Memorandum on the prevention of leprosy by segregation of the affected
Disease focus: Leprosy
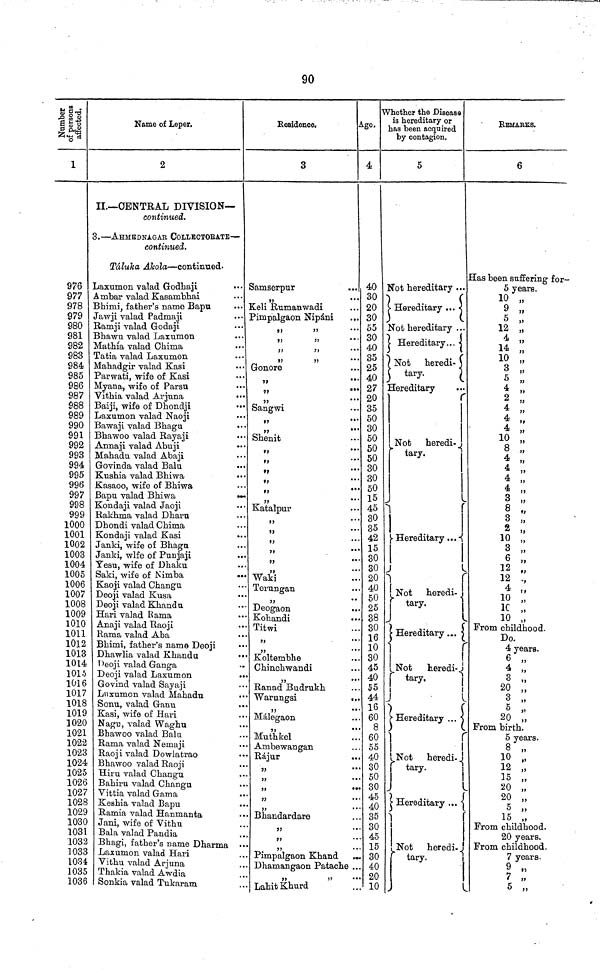
90
|sj
1
976
977
978
979
980
981
982
983
984
985
986
987
988
989
990
991
992
993
994
995
996
997
998
999
1000
1001
1002
1003
1004
1005
1006
1007
1008
1009
1010
1011
1012
1013
10L4
1015
1016
1017
1018
1019
1020
1021
1022
1023
1024
1025
1026
1027
1028
1029
1030
1031
1032
]033
1034
1035
1036
Name of Leper.
2
II.—CENTRAL DIVISION—
continued.
3.—AHMEDNAGAR COLIECTORATE—
continued.
Táluka Akola—continued-
Laxumon valad Godhaji
Ambar valad Kasambhai
Bhind, father's name Bapu
Jawji valad Padmaji
Ramji valad Godaji
Bhawu valad Laxumon
Mathia valad Chima
Tatia valad Laxumon
Mahadgir valad Kasi
Parwati, wife of Kasi
Myana, wife of Parsu
Vithia valad Arjuna
••
Baiji, wife of Dhondji
Laxumon valad Naoji
Bawaji valad Bhagu
Bhawoo valad Rayaji
Annaji valad Abuji
Mahadu valad Abaji
Govinda valad Balu
Kushia valad Bhiwa
•••
Kasaoo, wife of Bhiwa
Bapu valad Bhiwa
Kondaji valad Jaoji
Rakhma valad Dharu
Dhondi valad Chima
Kondaji valad Kasi
•••
Janki, wife of Bhagu
Janki, wlfe of Punjaji
Yesu, wife of Dhaku
Saki, wife of Nimba
••«
Kaoji valad Changu
Deoji valad Kusa
Deoji valad Khandu
Hari valad Rama
Anaji valad Raoji
Rama valad Aba
Bhimi, father's name Deoji
Dhawlia valad Khandu
••
Deoji valad Ganga
Deoji valad Laxumon
••
Govind valad Sayaji
Luxumon valad Mahadu
Sonu, valad Ganu
Kasi, wife of Hari
Nagu, valad Waghu
Bhawoo valad Bala
Rama valad Nemaji
Raoji valad Dowlatrao
Bhawoo valad Raoji
Hiru valad Changu
Bahiru valad Changu
Yittia valad Gama
Keshia valad Bapu
Ramia valad Hanmanta
Jani, wife of Vithu
Bala valad Pandia
Bhagi, father's name Dharma
Laxumon valad Hari
Vithu valad Arjuna
Thakia valad Awdia
Sonkia valad Tukaram
Residence.
3
Samserpur
Keli Rumanwadi
Pimpalgaon Nipáni
t>
91
,, ,,
,, ,,
,, ,,
Gonore
,,
Sangwi
,,
Shenit
,,
,,
,,
,,
Katalpur
X
,,
,,
,,
,,
Waki
Terungan
Deogaon
Kohandi
Titwi
,,
Koltembhe
Chinchwandi
Ranad Budrukh
Warungsi
Málegaon
Muthkel
Ambewangan
Rájur
Bhandardare
,,
Pimpalgaon Khand
Dhamangaon Patache
Lahit Khurd
Age.
40
. 30
. 20
. 30
.. 55
.. 30
.. 40
.. 35
.. 25
.. 40
.. 27
.. 20
.. 35
.. 50
.. 30
.. 50
.. 50
.. 50
.. 30
30
.. 50
.. 15
.. 45
.. 30
.. 35
.. 42
15
.. 30
.. 30
.. 20
.. 40
. 50
.. 25
.. 38
.. 30
.. 16
.. 10
.. 30
.. 45
.. 40
.. 55
.. 44
.. 16
60
8
.. 60
.. 55
... 40
... 30
... 50
... 30
... 45
... 40
... 30
... 45
... 15
30
... 40
... 20
.. 10
Whether the Disease
is hereditary or
has been, acquired
by contagion,
5
Not hereditary ...
Hereditary
Not hereditary ...
Hereditary
Not heredi-
tary.
Hereditary
Not
heredi-
tary.
i
Hereditary
Not heredi-
tary.
Hereditary
Not heredi-
tary.
")
|
Hereditary
Not heredi
tary.
Hereditary
•
Not heredi-
tary.
REMARKS.
6
Has been suffering for-
5 years.
10 „
9 „
5 „
12 „
4 „
14 ,,
10 „
3 „
5 ,,
4 ,,
2 „
4 „
4 „
10 „
8 „
4 „
4 „
4 „
4 „
3 „
8 „
3 „
2 „
10 „
3 ,,
6 „
12 ,,
12 .,
4 ,,
10 „
10 „
10 „
From childhood.
Do.
4 years.
6 „
4 „
3 „
20 „
3 „
5 „
20
From birth.
5 years.
8 „
10 ,,
12 „
15 „
20 „
20 „
5 „
15 „
From childhood.
20 years.
From childhood.
7 years-
9 ..
7 „
5 „